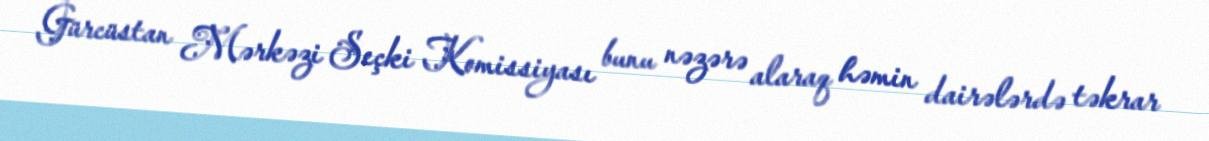
Gürcüstan Mərkəzi Seçki Komissiyası bunu nəzərə alaraq həmin dairələrdə təkrar